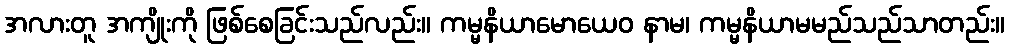
အလားတူ အကျိုးကို ဖြစ်စေခြင်းသည်လည်း။ ကမ္မနိယာမောယေဝ နာမ၊ ကမ္မနိယာမမည်သည်သာတည်း။